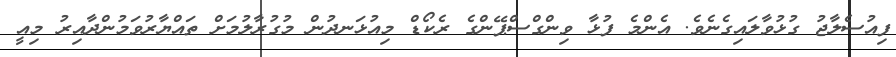
ފިއުސެލާޖު ގުޅުވާލައިގެނެވެ. އެންމެ ފުޅާ ވިންގްސްޕޭންގެ ރެކޯޑް މިއުޅަނދުން މުގުރާލުމަށް ތައްޔާރުވަމުންދާއިރު މިއީ